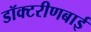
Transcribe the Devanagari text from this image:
डॉक्टरीणबाई